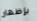
بإظهار